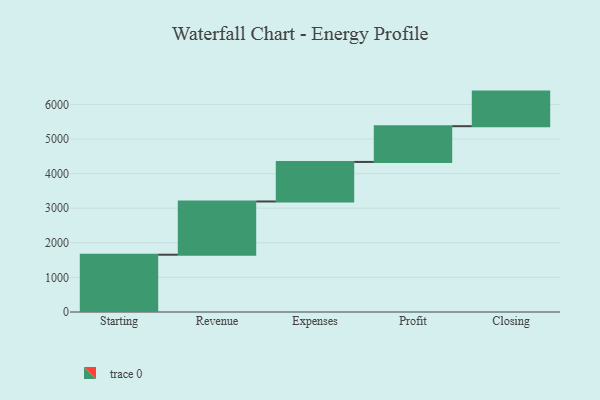
{"axis": {"x": "Step", "y": "Value"}, "legend": [""], "data": [{"x": "Starting", "y": 1656.0, "type": ""}, {"x": "Revenue", "y": 1539.0, "type": ""}, {"x": "Expenses", "y": 1143.0, "type": ""}, {"x": "Profit", "y": 1033.0, "type": ""}, {"x": "Closing", "y": 1000, "type": ""}]}